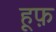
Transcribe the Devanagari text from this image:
हूफ़